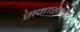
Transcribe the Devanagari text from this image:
समासांचा